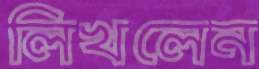
লিখলেন